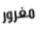
مغرور